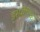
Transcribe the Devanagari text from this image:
ड्रामैटिक